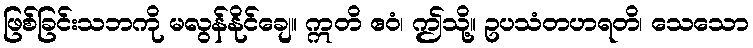
ဖြစ်ခြင်းသဘကို မလွန်နိုင်ချေ။ ဣတိ ဧဝံ၊ ဤသို့။ ဥပသံတဟရတိ၊ သေသော